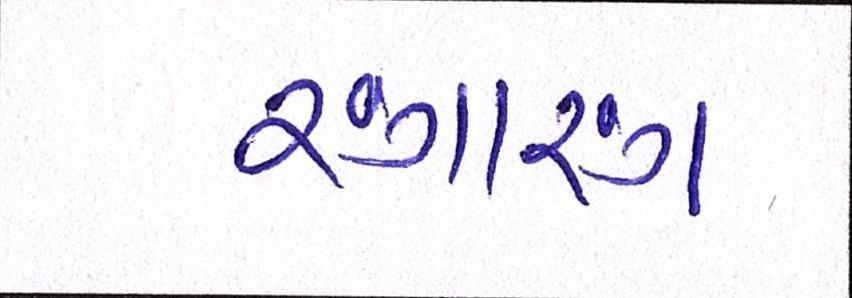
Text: રંગારંગ